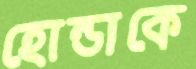
হোন্ডাকে